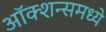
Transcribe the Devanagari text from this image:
ऑक्शन्समध्ये